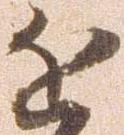
近